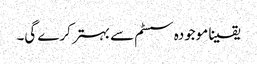
یقینا موجودہ سسٹم سے بہتر کرے گی۔